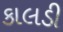
કાલડી